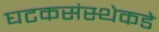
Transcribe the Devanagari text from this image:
घटकसंस्थेकडे